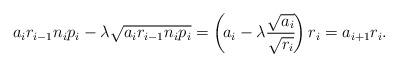
LaTeX: \begin{align*}a_ir_{i-1} n_{i}p_{i} - \lambda \sqrt{a_ir_{i-1} n_{i}p_{i}}=\left( \! a_i - \lambda\frac{\sqrt{a_i}}{\sqrt{r_{i}}}\!\right)r_{i} = a_{i+1} r_{i}.\end{align*}